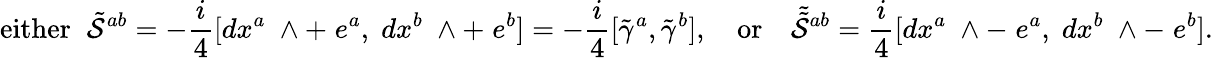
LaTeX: \mathrm{either}\; \; \tilde{{\cal S}}^{ab}=-\frac{i}{4}[dx^{a}\; \wedge+\; e^{a},\; dx^{b}\; \wedge+\; e^{b}]=-\frac{i}{4}[\tilde{\gamma}^{a},\tilde{\gamma}^{b}],\quad\mathrm{or}\quad\tilde{\tilde{\cal S}}{}^{ab}=\frac{i}{4}[dx^{a}\; \wedge-\; e^{a},\; dx^{b}\; \wedge-\; e^{b}].